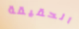
الحقيقة